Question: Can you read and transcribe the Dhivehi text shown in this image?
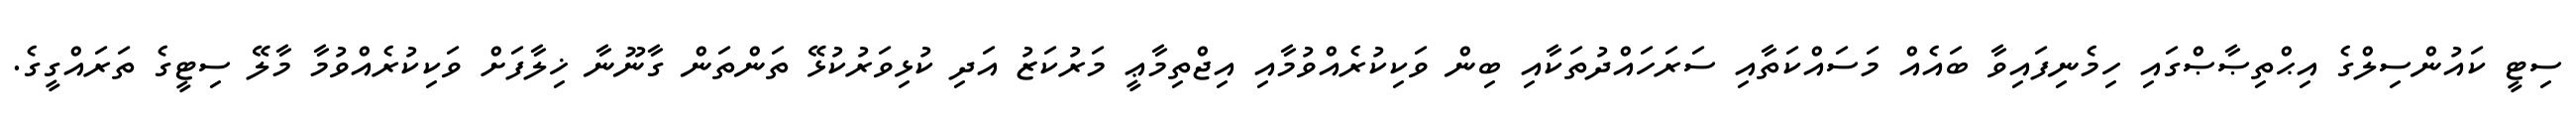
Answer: ސިޓީ ކައުންސިލްގެ އިޙްތިޞާޞްގައި ހިމެނިފައިވާ ބައެއް މަސައްކަތާއި ސަރަހައްދުތަކާއި ބިން ވަކިކުރެއްވުމާއި އިޖްތިމާޢީ މަރުކަޒު އަދި ކުޅިވަރުކުޅޭ ތަންތަން ގާނޫނާ ޚިލާފަށް ވަކިކުރެއްވުމާ މާލޭ ސިޓީގެ ތަރައްގީގެ.